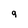
Character: 9